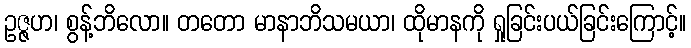
ဥဇ္ဇဟ၊ စွန့်ဘိလော။ တတော မာနာဘိသမယာ၊ ထိုမာနကို ရှုခြင်းပယ်ခြင်းကြောင့်။